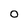
Character: o